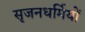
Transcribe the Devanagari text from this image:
सृजनधर्मियों